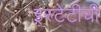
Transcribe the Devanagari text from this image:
इस्टेटीची